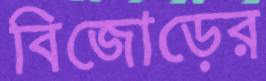
বিজোড়ের